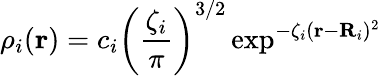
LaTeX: \rho_{i}(\mathbf{r})=c_{i}\left(\frac{\zeta_{i}}{\pi}\right)^{3/2}\exp^{-\zeta_{i}(\mathbf{r}-\mathbf{R}_{i})^{2}}